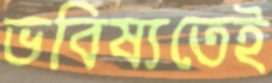
ভবিষ্যতেই